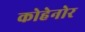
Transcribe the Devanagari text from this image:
कोहेनोर